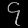
Digit: ၄